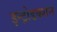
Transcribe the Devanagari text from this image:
इन्ट्रोडक्शन